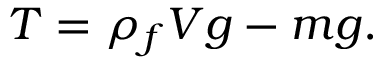
T = \rho _ { f } V g - m g .